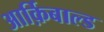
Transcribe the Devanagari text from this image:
आर्क़िबाल्ड